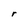
Character: r